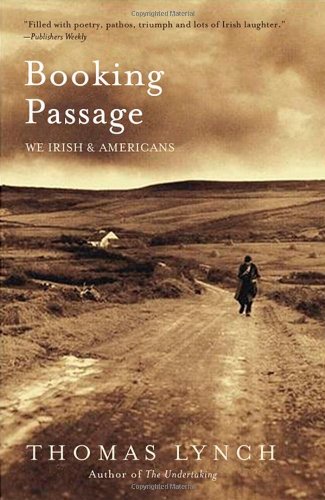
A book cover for Booking Passage: We Irish and Americans; Thomas Lynch; Biographies & Memoirs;